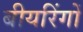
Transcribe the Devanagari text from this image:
बीयरिंगों